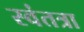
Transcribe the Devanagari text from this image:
स्वंतत्रा